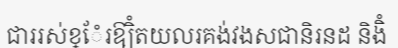
ជាររស់ខ្ែំរឱ្យិំតយលរគង់វងសជានិរនដ និងិំ